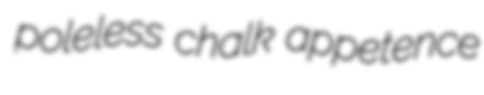
poleless chalk appetence